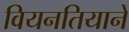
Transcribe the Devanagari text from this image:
वियनतियाने